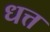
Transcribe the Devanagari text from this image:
धत्त